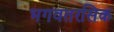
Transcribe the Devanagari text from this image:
भगवतरसिक